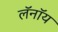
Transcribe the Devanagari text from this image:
लॅनॉय